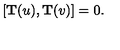
[ { \bf T } ( u ) , { \bf T } ( v ) ] = 0 .